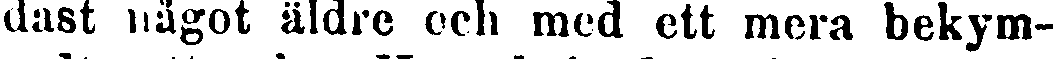
dast något äldre och med ett mera bekym-